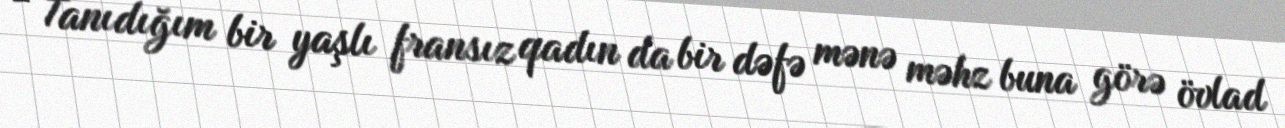
- Tanıdığım bir yaşlı fransız qadın da bir dəfə mənə məhz buna görə övlad